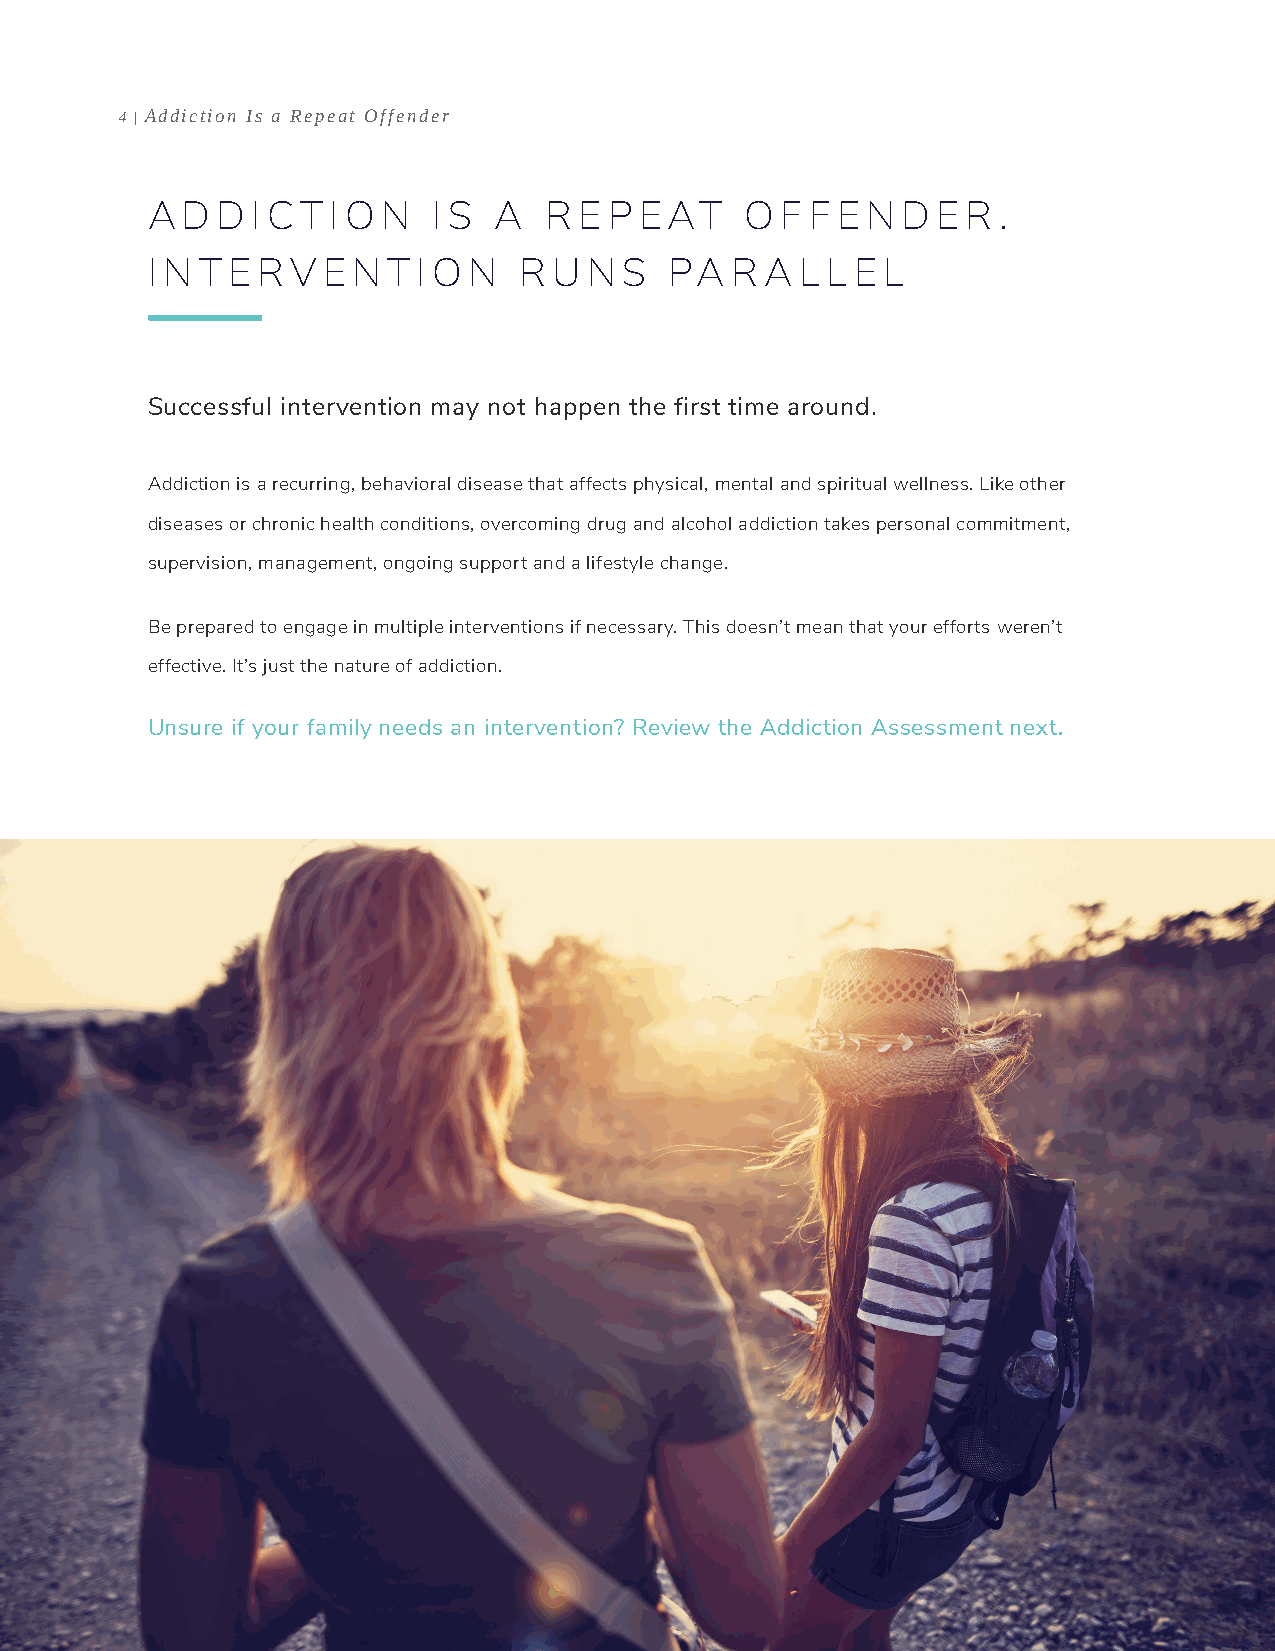
4 | Addiction Is a Repeat Offender
 A D D  I CT I O N  I S A  R E P EAT    O  F F E N D E R .
 I N T E RV E N  T I O N R  U N S  PA  RA   L L E L
 Successful intervention may not happen the first time around.
 Addiction is a recurring, behavioral disease that affects physical, mental and spiritual wellness. Like other
 diseases or chronic health conditions, overcoming drug and alcohol addiction takes personal commitment,
 supervision, management, ongoing support and a lifestyle change.
 Be prepared to engage in multiple interventions if necessary. This doesn’t mean that your efforts weren’t
 effective. It’s just the nature of addiction.
 Unsure if your family needs an intervention? Review the Addiction Assessment next.